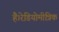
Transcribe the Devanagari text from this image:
है।रेडियोमीत्रिक